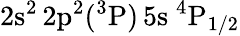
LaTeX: \mathrm{2s^{2}\, 2p^{2}(^{3}P)\, 5s~^{4}P_{1/2}}